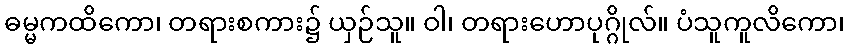
ဓမ္မကထိကော၊ တရားစကား၌ ယှဉ်သူ။ ဝါ၊ တရားဟောပုဂ္ဂိုလ်။ ပံသူကူလိကော၊